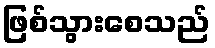
ဖြစ်သွားစေသည်